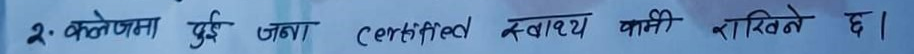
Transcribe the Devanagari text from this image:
२: कलेजमा दुई जना certified स्वास्थ्य पामी राखिने छ।